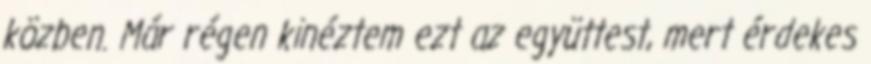
közben. Már régen kinéztem ezt az együttest, mert érdekes